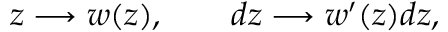
z \longrightarrow w ( z ) , ~ ~ ~ ~ ~ ~ d z \longrightarrow w ^ { \prime } ( z ) d z ,